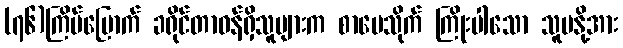
(၇၆)ကြိမ်မြောက် ခရိုင်တာဝန်ရှိသူများက စာပေသိုက် ကြိုးပါသော သူမနို့အား